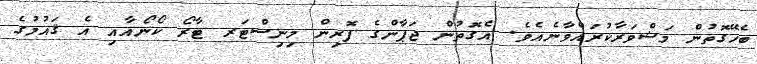
ބެހޭގޮތުން މަޝްވަރާކުރައްވާނެއެވެ. އެގޮތުން ޖަޕާންގެ ފޮރިން މިނިސްޓަރ ޓާރޯ ކޯނޯއާއި އެ ޤައުމުގެ